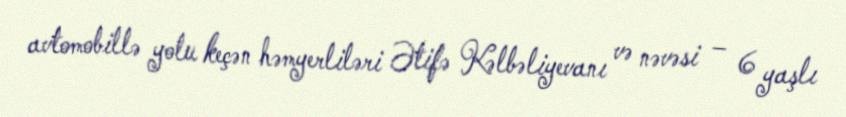
avtomobillə yolu keçən həmyerliləri Ətifə Kəlbəliyevanı və nəvəsi – 6 yaşlı